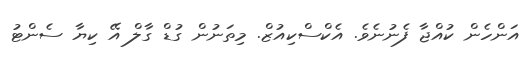
އަންހެން ކުއްޖާ ފެނުނެވެ. އެކްސްކިއުޒް. މިތަނުން ގުޑް ގާލް އޭ ކިޔާ ސެންޓު